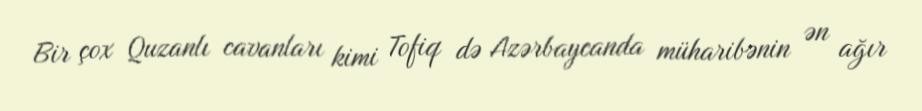
Bir çox Quzanlı cavanları kimi Tofiq də Azərbaycanda müharibənin ən ağır